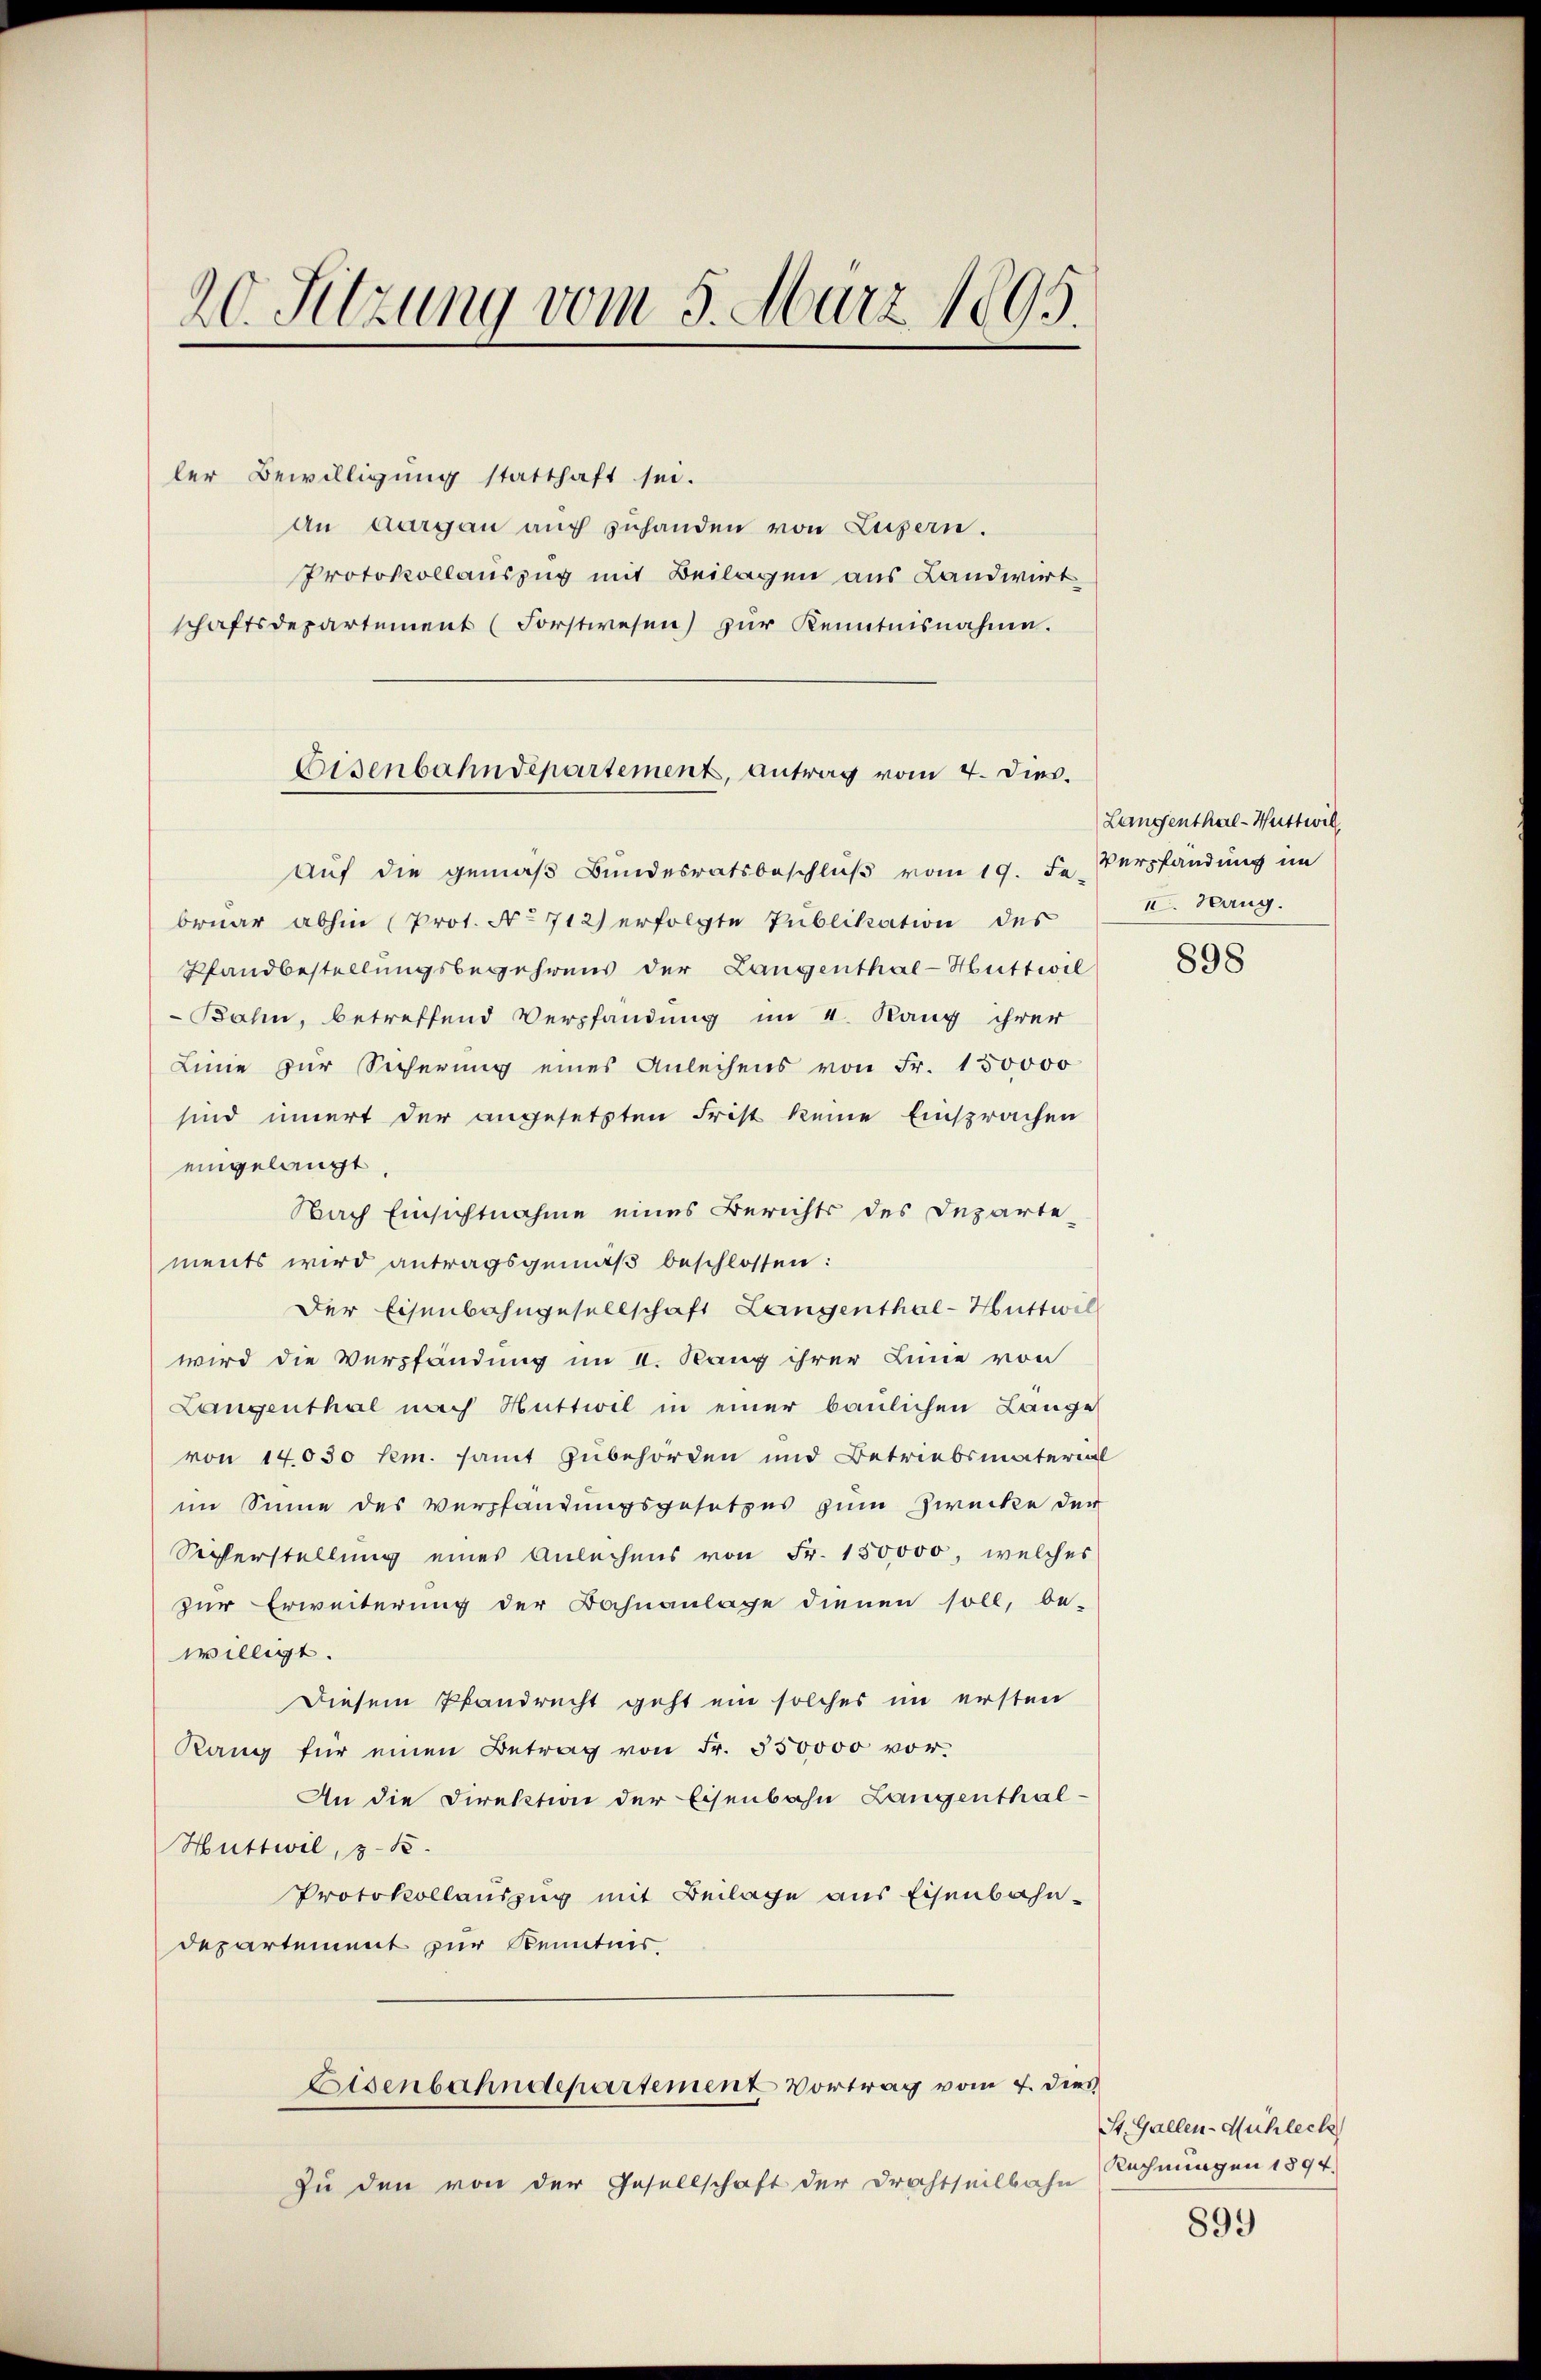
20. Sitzung vom 5. März 1895.

ler Bewilligung statthaft sei.
an Aargau aŭf zŭhanden von Luzern.
Protokollauszug mit Beilagen aus Landwirtschaftsdepartement (Forstwesen) zŭr Kenntnisnahme.
Auf die gemäβ Bundesratsbeschlŭβ vom 19. Fr. Verpfändung im
bruar abhin (Prot. No 712) erfolgte Publikation des
Pfandbestellungsbegehrens der Langenthal-Huttwil
Bahn, betreffend Verpfandung im I. Rang ihrer
Linie zur Sicherung eines Anleihens von Fr. 150000
sind innert der angesetzten Frist keine Einsprachen
eingelangt
Nach Einsichtnahme eines Berichts des Departe-
ments wird antragsgemäβ beschlossen:
Der Eisenbahngesellschaft Langenthal-Huttwill
wird die Verpfändung im II. Rang ihrer Linie von
Langenthal nach Huttwil in einer baulichen Lange
von 14030 hem. samt Zubehörden und Betriebsmaterial
im Sinne des Verpfändungsgesetzes zum Zwecke der
Sacherstellung eines Anleihens von Fr. 150000, welches
zur Erweiterung der Bahnanlage dienen soll, be-
willigt.
Diesem Pfandrecht geht ein solches im ersten
Rang für einen Betrag von Fr. 350000 vor.
An die Direktion der Eisenbahn Langenthal¬
Huttwil, z. B.
Protokollauszug mit Beilage aus Eisenbahndepartement zur Kenntnis.
Eisenbahndepartement Vortrag vom 7. dies
zu den von der Gesellschaft der Drahtseilbahn

Eisenbahndepartement, antrag vom 4. Dies.

Langenthal-Wuttwill
II. Nang.

898

St. Gallen-Mühlech
Rechnungen 1894.

899